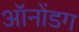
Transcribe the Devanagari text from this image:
ऑनोंडग